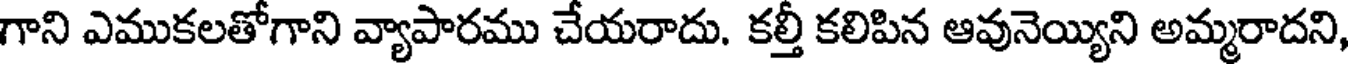
గాని ఎముకలతోగాని వ్యాపారము చేయరాదు. కల్తీ కలిపిన ఆవునెయ్యిని అమ్మరాదని,